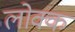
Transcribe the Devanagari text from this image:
लोक्क